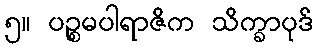
၅။ ပဉ္စမပါရာဇိက သိက္ခာပုဒ်